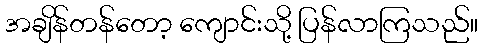
အချိန်တန်တော့ ကျောင်းသို့ ပြန်လာကြသည်။